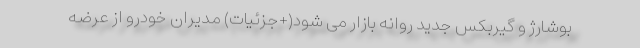
بوشارژ و گیربکس جدید روانه بازار می شود(+جزئیات) مدیران خودرو از عرضه